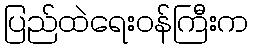
ပြည်ထဲရေးဝန်ကြီးက